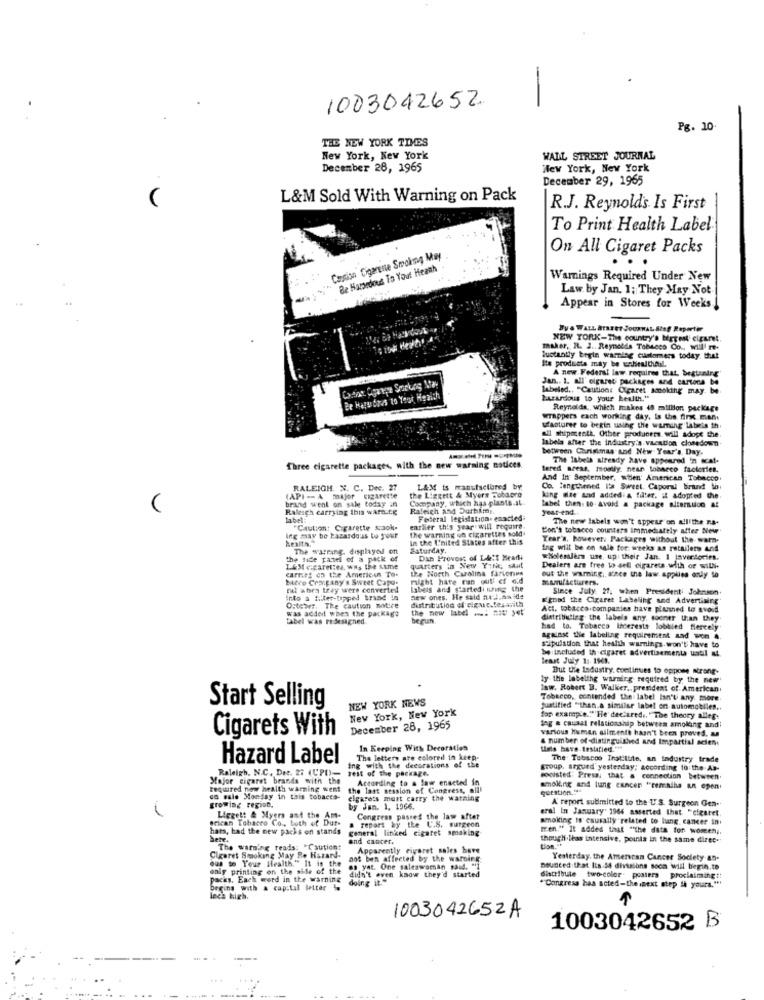
-
1003042652.
Pg. 10
THE NEW YORK TIMES
New York, New York
WALL STREET JOURNAL
December 28, 1965
New York, New York
December 29, 1965
L&M Sold With Warning on Pack
R.J. Reynolds Is First
To Print Health Label
On All Cigaret Packs
Caution Cigarette Smoking May
Be Hamsedous To Yout Heanh
Warnings Required Under New
Law. by Jan. 1; They May Not.
Appear in Stores for Weeks !
By & WALL ATBEET JOURNAL SIag Reporter
NEW YORK-The country's bertest cicuret
maker, R. J. Reynolds Tobacco Co ., Will re-
luctantiy begin warning customers today that
Its products may be undiealthail.
Jan .. 1. all' cigaret packages and cartona be
A new Federal law requires that. begtuning'
Cortina Contre Sorkog Maw
labeled .. "Caution: Cigaret smoking may. be
Be Hals dous to Your Health
parkrdous to your health."
Reynolds, which makes 45 million package
wrappers cach working day, is the fink man
ufacturer to begin using the warning labels th
labela after the industry's vacation closedown
all shipocentk. Other producers. will adopt the
between Christmas and New Year's Day.
-----
The labels already have appeared 'n scat-
Three cigarette packages, with the new warning notices
tered areas, mostly, near tobacco factories.
And In September, wien' American Tobacco
RALEIGH. N. C. Dec. 27
LAX is manufactured by.
Co. lengthened l'a Sweet Caporal biriund to:
brand went on sale today in
(API -- A major cigarette
the Liggett & Myers Tobaoro
Company, which has plants.st.
king dae and added A filter. it adopted the.
(
Raleigh carrying this warnick
Raleigh and Durhime.
tabel then. to Avoid & package alteration at
year-end
Federal legislation. enacted
The new labels won't appear on ellithe na-
"Caution: Cigarette scaok.
earlier this year will require.
the warning on cigarettes sold.
Con's tobacco counters immediately after New
Ing may be hazardous to your
health."
In the I'nited States after this
Year's, however. Packages without the warm-
The warning. displayed on
Saturday,
ing will be on sale for weeks an retailers and
the side panel of a pack of
Dan Provost of Ll:t Hearli
wholesalers use, up their Jan. 1 javertories.
L&Megaret:e. Was the same
carries on the American To-
the North Carolina farverinn
quarters in New YINE; start
Dealers are free to sell cigarets with or willi.
Mevo Crangany's Sweet Capo.
might have ran out' ef old
out the warning ;, since the law. applies only to
manufacturers.
nil when they were converted
labels and startedi ning the
Since July 27. when Presidenti Johnson.
into a filter-tipped brand in
distribution of eigac.fesarith
new ones. He said auf.anide
Etnad the Cigaret Labeling and Advertising
Ostewer, The caution notre
Act, tobacco companies have plusned to avoid
was added when the package
tabel was redesigned
begun.
distributing the labels any, sooner than they
had to. Tobacco Interests lobbied fiercely
against the labeling requirement and won 4.
be included th cigaret advertisementa ustil at.
stipulation that health warnings. won't have to
least July 1 :. 1969.
But the Industry. continues to oppose strong-
ly the labeling warning required by the new
law. Robert B. Walker ,. president of American.
NEW YORK NEWS
Tobeeco, contended the label Isn't any more
Start Selling
New York, New York
justified "than a similar label on automobiles ..
for example.""He declared .. " The theory alleg.
December 26, 1965
various Humen silmente hasn't been proved. as
tag e causal relationship between smoking and
Cigarets With
& number of-distinguished and Impartial seien
In Keeping With Decoration
Lets have testatied."te
Hazard Label
Ing with the decorations of the
The letters are coloreil in keep-
The. Tobscoo Tratitulo, an industry trade
Raleigh. N.C. Det. 27 (U'PI)-
rest of the package.
group. argued yesterday; according to the Ab-
Major cigaret brands with the
According to a law enacted in
mooisted: Presa: that a connection between.
required now health warning went
the last session of Congress, alil
smoking and lung cancer ""remains an open
ca sale Monday in this tobacco-
elgarets must carry the warning
A' report submitted to the U'S. Surgeon Gen-
growing region.
by Jan. 1. 1066.
eral In January' 1966 asserted Ihat. "ciestet
erican Tobacco Co ., both of Dur-
Liggett & Myers and the Am-
Congress passes the law after
smoking is causally related to lung cancer in
hars, had the new packs on stands
general linked cigaret smoking
a report by the U.S. surgeon
fren." It added that "the data for women ,,
bete.
and cancer.
though leas intensive, points in the same direc.
The warning reads: "Cautiont
Apparently cigaret sales have
Cigaret Smoking May Be Hazard-
ous to Your Health." It is the
not ben affected by the warning
Yesterday, the American Cancer Society an-
only printing on the side of the
es yat. One saleswoman said. "1
Bounced that Its.54 divisions soca will begin.to
packs. Each word in the warning
didn't even know they'd started
doing it."
diattibule two-color. posters
proclaiming !!
begins with a capital letter
"Congress has acted-the next step i yours.""
lech high.
1003042652A
1003042652 B